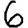
Digit: 6